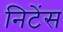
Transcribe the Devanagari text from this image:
निटेंस